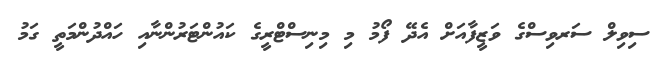
ސިވިލް ސަރވިސްގެ ވަޒީފާއަށް އެދޭ ފޯމު މި މިނިސްޓްރީގެ ކައުންޓަރުންނާއި ހައްދުންމަތީ ގަމު